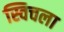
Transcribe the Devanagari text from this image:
स्विचला